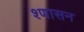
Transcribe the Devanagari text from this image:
श्णासन